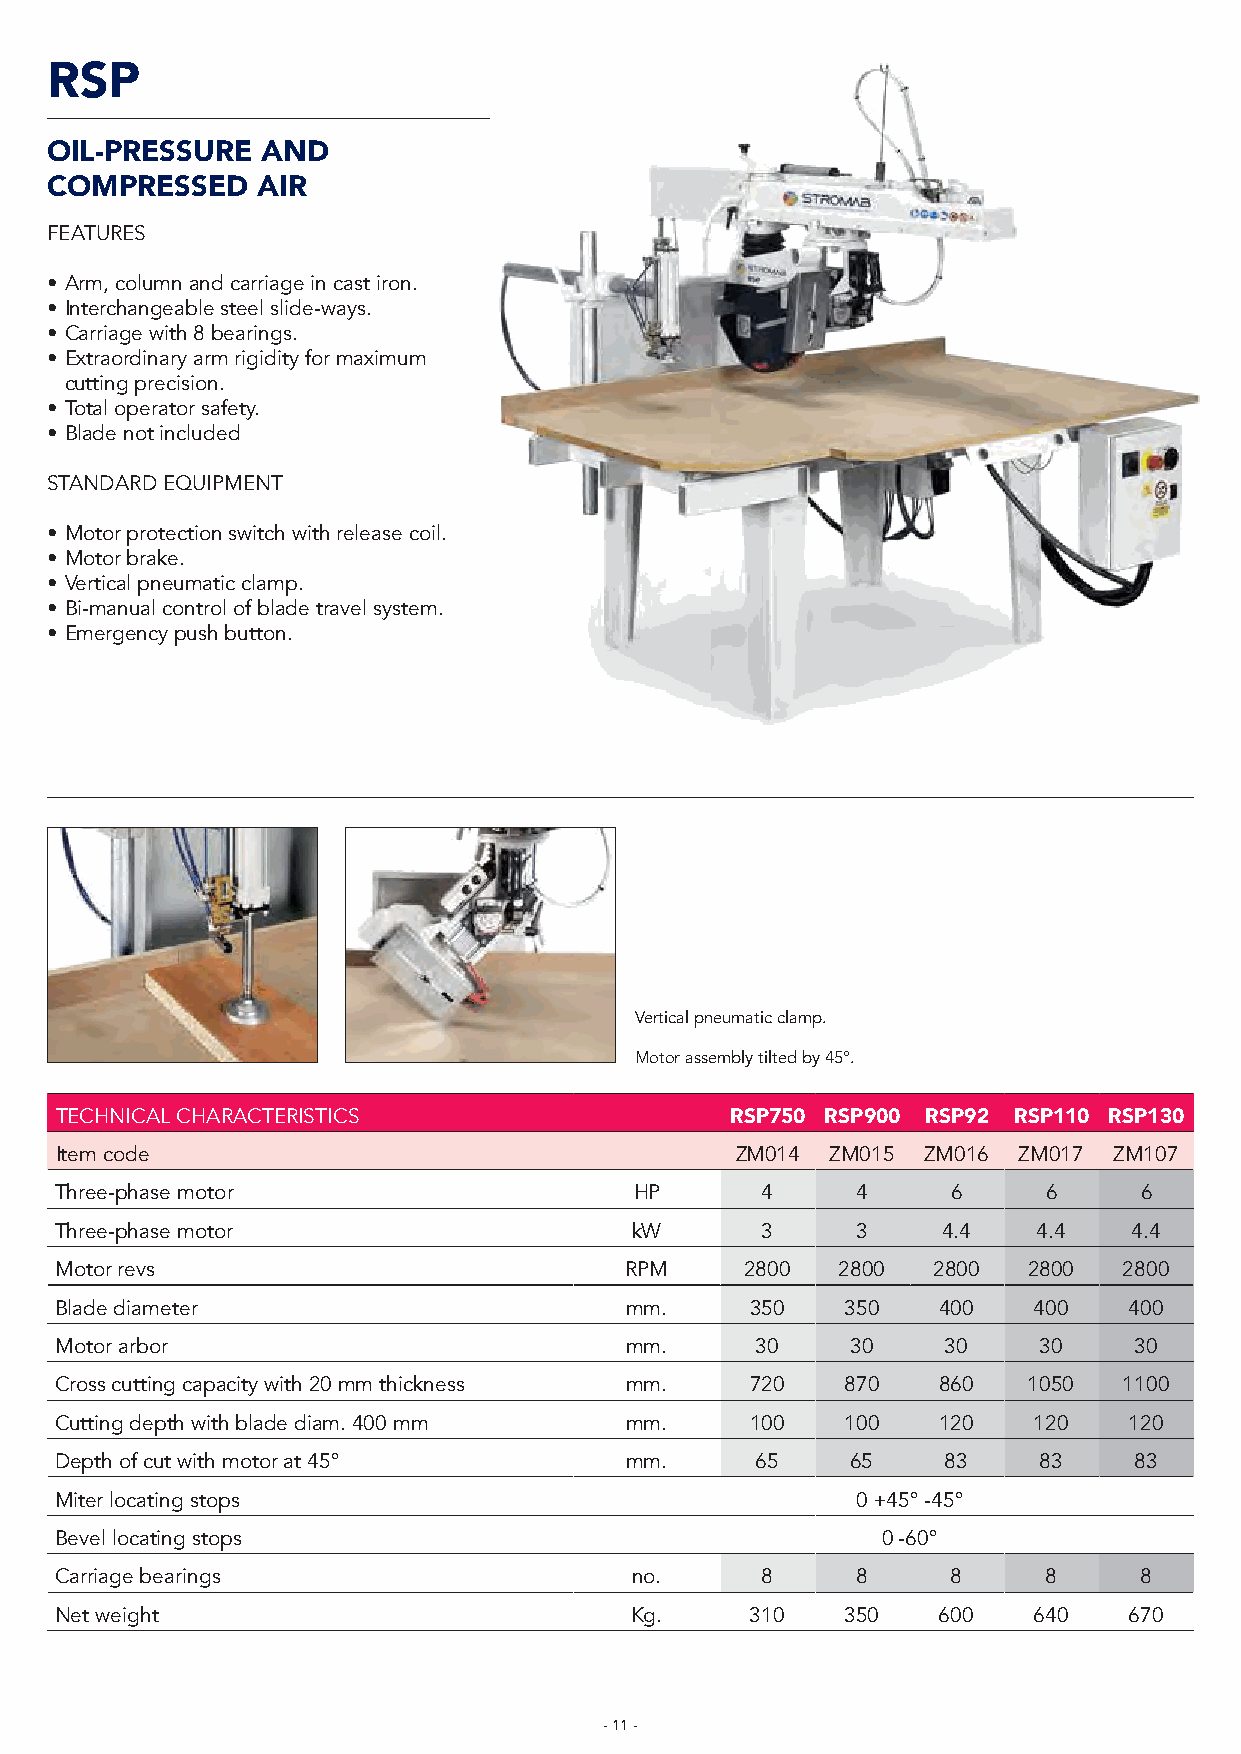
RSP
 OIL-PRESSURE  AND
 COMPRESSED    AIR
 FEATURES
 • Arm, column and carriage in cast iron.
 • Interchangeable steel slide-ways.
 • Carriage with 8 bearings.
 • Extraordinary arm rigidity for maximum
 cutting precision.
 • Total operator safety.
 • Blade not included
 STANDARD EQUIPMENT
 • Motor protection switch with release coil.
 • Motor brake.
 • Vertical pneumatic clamp.
 • Bi-manual control of blade travel system.
 • Emergency push button.
 Vertical pneumatic clamp.
 Motor assembly tilted by 45°.
 TECHNICAL CHARACTERISTICS                   RSP750 RSP900 RSP92 RSP110 RSP130
 Item code                                    ZM014 ZM015 ZM016 ZM017  ZM107
 Three-phase motor                     HP      4      4     6     6     6
 Three-phase motor                     kW      3      3    4.4    4.4   4.4
 Motor revs                           RPM     2800   2800  2800  2800  2800
 Blade diameter                       mm.      350   350   400   400    400
 Motor arbor                          mm.      30    30     30    30    30
 Cross cutting capacity with 20 mm thickness mm. 720 870   860   1050  1100
 Cutting depth with blade diam. 400 mm mm.     100   100   120   120    120
 Depth of cut with motor at 45°       mm.      65    65     83    83    83
 Miter locating stops                                 0 +45° -45°
 Bevel locating stops                                  0 -60°
 Carriage bearings                     no.     8      8     8     8     8
 Net weight                            Kg.     310   350   600   640    670
 - 11 -